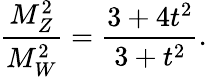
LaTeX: \frac{M_{Z}^{2}}{M_{W}^{2}}=\frac{3+4t^{2}}{3+t^{2}}.